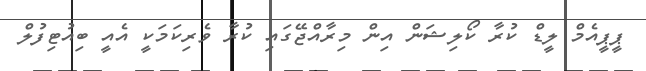
ޕީޕީއެމް ލީޑް ކުރާ ކޯލިޝަން އިން މިރާއްޖޭގައި ކުރާ ވެރިކަމަކީ އެއީ ބިއުޓިފުލް